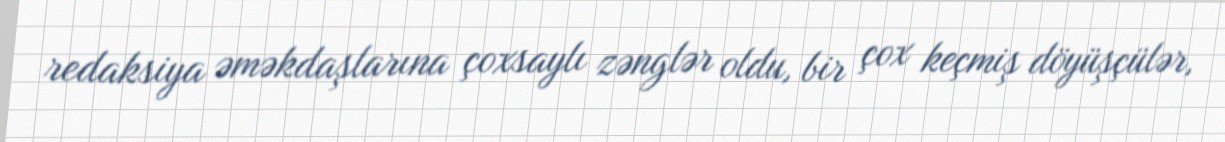
redaksiya əməkdaşlarına çoxsaylı zənglər oldu, bir çox keçmiş döyüşçülər,